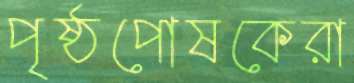
পৃষ্ঠপোষকেরা